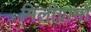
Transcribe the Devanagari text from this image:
मिलीग्रामों